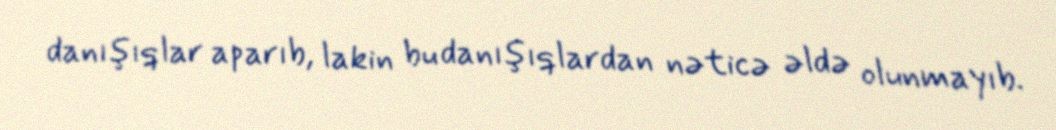
danışıqlar aparıb, lakin bu danışıqlardan nəticə əldə olunmayıb.